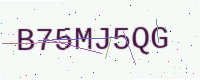
Text: B75MJ5QG